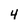
Character: 4